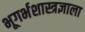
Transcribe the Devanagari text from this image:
भूगर्भशास्त्रज्ञाला